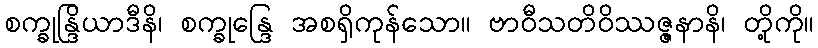
စက္ခုန္ဒြိယာဒီနိ၊ စက္ခုန္ဒြေ အစရှိကုန်သော။ ဗာဝီသတိဝိဿဇ္ဇနာနိ၊ တို့ကို။